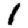
Digit: 1